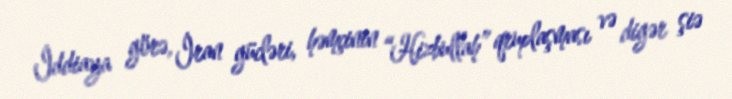
İddiaya görə, İran gücləri, həmçinin “Hizbullah” qruplaşması və digər şiə